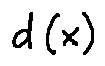
d ( x )